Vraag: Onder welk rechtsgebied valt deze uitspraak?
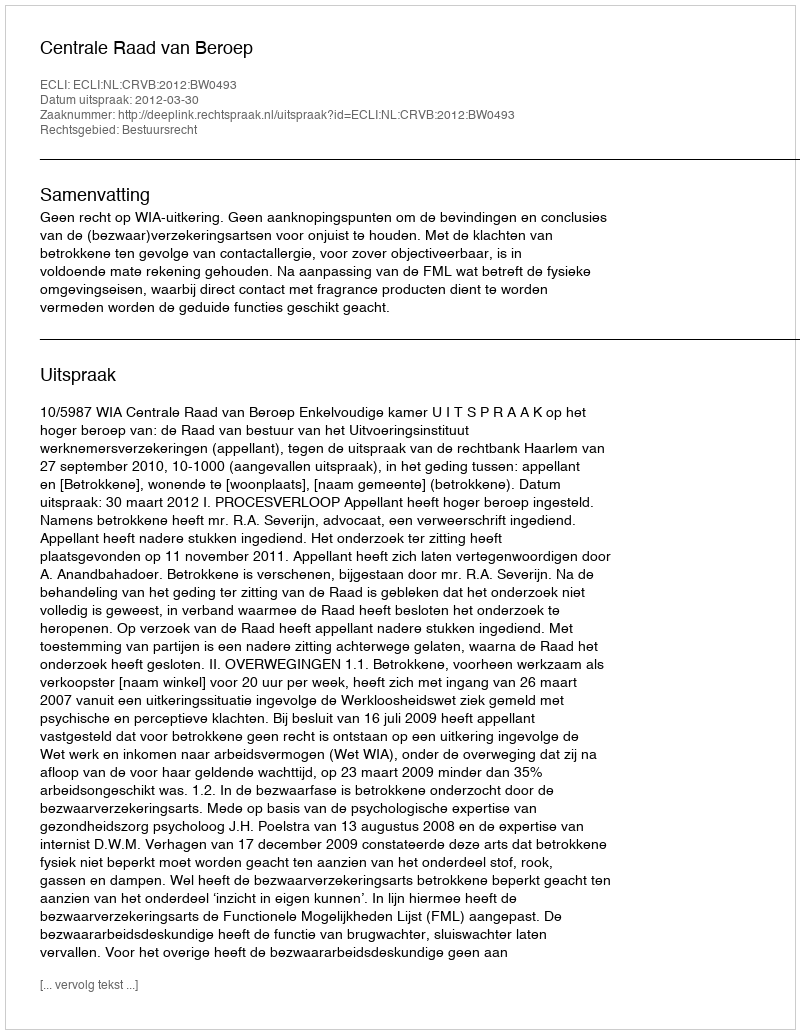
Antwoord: Bestuursrecht